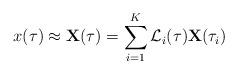
LaTeX: \begin{align*}x(\tau) \approx \mathbf{X}(\tau) = \sum_{i=1}^K \mathcal{L}_i(\tau)\mathbf{X}(\tau_i) \end{align*}